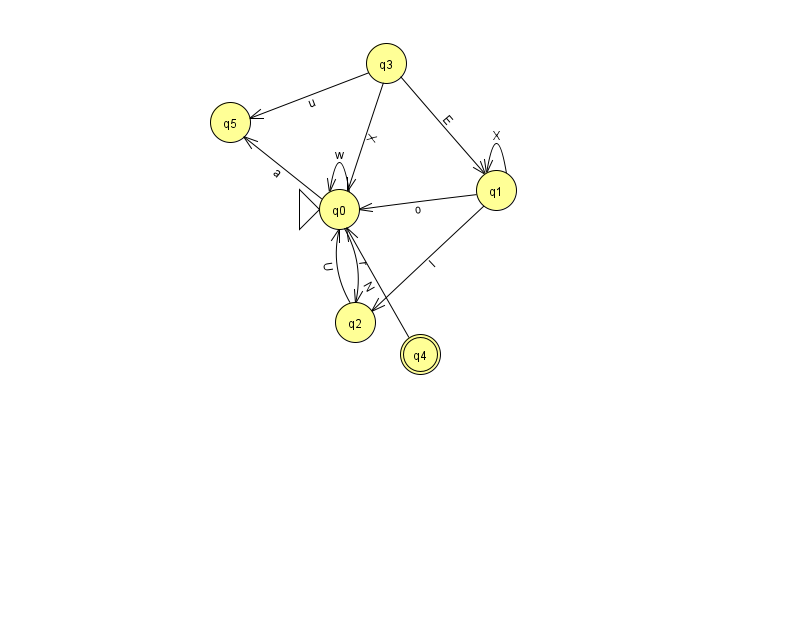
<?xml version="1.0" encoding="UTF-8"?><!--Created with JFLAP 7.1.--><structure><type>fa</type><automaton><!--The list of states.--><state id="0" name="q0"><x>339.0</x><y>196.0</y><initial/></state><state id="1" name="q1"><x>496.0</x><y>177.0</y></state><state id="2" name="q2"><x>355.0</x><y>309.0</y></state><state id="3" name="q3"><x>386.0</x><y>50.0</y></state><state id="4" name="q4"><x>420.0</x><y>341.0</y><final/></state><state id="5" name="q5"><x>230.0</x><y>109.0</y></state><!--The list of transitions.--><transition><from>2</from><to>0</to><read>U</read></transition><transition><from>3</from><to>1</to><read>E</read></transition><transition><from>0</from><to>2</to><read>r</read></transition><transition><from>0</from><to>0</to><read>w</read></transition><transition><from>1</from><to>1</to><read>X</read></transition><transition><from>1</from><to>2</to><read>l</read></transition><transition><from>0</from><to>5</to><read>a</read></transition><transition><from>4</from><to>0</to><read>N</read></transition><transition><from>3</from><to>0</to><read>X</read></transition><transition><from>3</from><to>5</to><read>u</read></transition><transition><from>1</from><to>0</to><read>o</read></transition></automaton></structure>